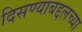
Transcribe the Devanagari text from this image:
दिसण्याबद्दलच्या